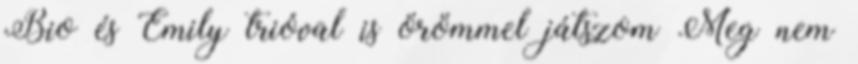
Bio és Emily trióval is örömmel játszom Meg nem